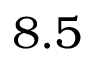
8 . 5